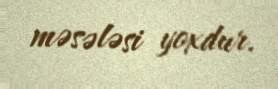
məsələsi yoxdur.